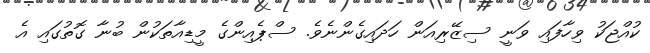
ކުއްޖަކު ވިހާފައި ވަނީ ސިޒޭރިއަން ހަދައިގެންނެވެ. ސްޕެއިންގެ މީޑިއާތަކުން ބުނާ ގޮތުގައި އެ